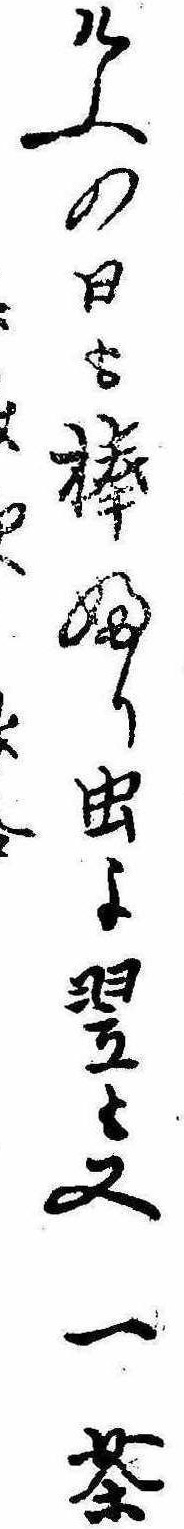
けふの日も棒ふり虫よ翌も又一茶